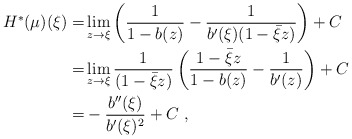
\begin{align*} H^*(\mu)(\xi)=&\lim_{z \to \xi} \left( \frac{1}{1-b(z)}-\frac{1}{b'(\xi)(1-\bar{\xi}z)}\right)+C\\ =&\lim_{z \to \xi} \frac{1}{(1-\bar{\xi}z)}\left( \frac{1-\bar{\xi}z}{1-b(z)}-\frac{1}{b'(z)}\right)+C\\ =& -\frac{b''(\xi)}{b'(\xi)^2}+C\ ,\end{align*}